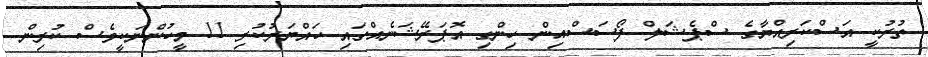
ތުރުކީ އަސްކަރިއްޔާގެ ސްޕެޝަލް ފޯސަސްއިން ހިންގި އޮޕަރޭޝަނެއްގައި ހައްޔަރުކުރި 11 މީހުންނަކީވެސް ކުރިން